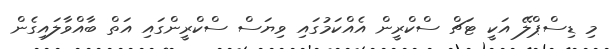
މި ޑިސްޕްލޭ އަކީ ޓަޗް ސްކްރީން އެއްކަމުގައި ވިޔަސް ސްކްރީންގައި އަތް ބާއްވާލައިގެން